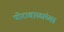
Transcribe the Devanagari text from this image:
पोराबाळांच्या